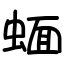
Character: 蝒